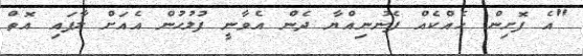
"އެ ފޮށިން ހެއްކެއް ފެނުނިއްޔާ ދެން އެވާނީ ފުލުހުން އެއަށް ލާފައި އޮތް